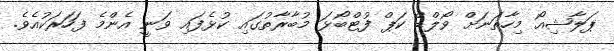
ޕަލާޝިއޯ މިހާތަނަށް ވޯލްޑް ކަޕް ފުޓްބޯޅަ މުބާރާތުގައި ކުޅެފައި ވަނީ އެންމެ ފަހަރަކުއެވެ.